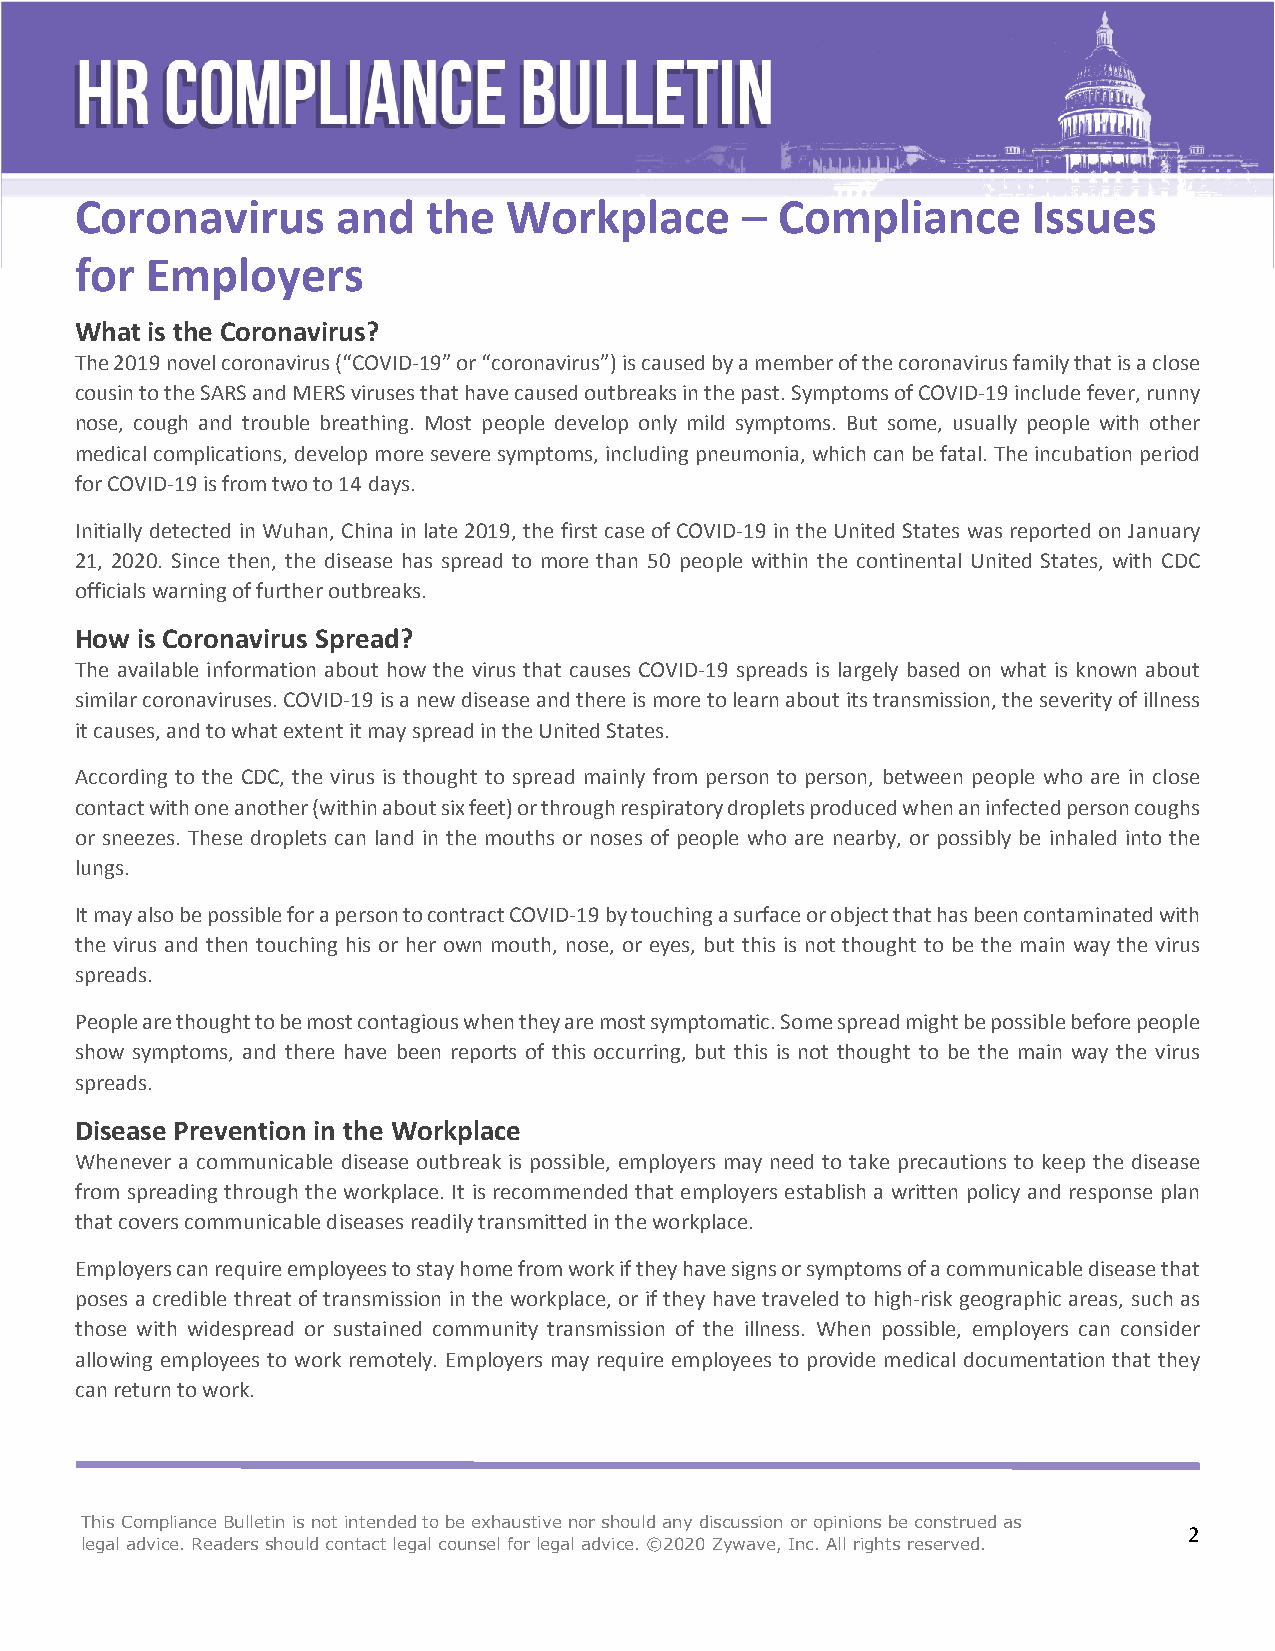
Coronavirus      and   the   Workplace      –  Compliance      Issues
 for  Employers
 What is the Coronavirus?
 The 2019 novel coronavirus (“COVID-19” or “coronavirus”) is caused by a member of the coronavirus family that is a close
 cousin to the SARS and MERS viruses that have caused outbreaks in the past. Symptoms of COVID-19 include fever, runny
 nose, cough and trouble breathing. Most people develop only mild symptoms. But some, usually people with other
 medical complications, develop more severe symptoms, including pneumonia, which can be fatal. The incubation period
 for COVID-19 is from two to 14 days.
 Initially detected in Wuhan, China in late 2019, the first case of COVID-19 in the United States was reported on January
 21, 2020. Since then, the disease has spread to more than 50 people within the continental United States, with CDC
 officials warning of further outbreaks.
 How is Coronavirus Spread?
 The available information about how the virus that causes COVID-19 spreads is largely based on what is known about
 similar coronaviruses. COVID-19 is a new disease and there is more to learn about its transmission, the severity of illness
 it causes, and to what extent it may spread in the United States.
 According to the CDC, the virus is thought to spread mainly from person to person, between people who are in close
 contact with one another (within about six feet) or through respiratory droplets produced when an infected person coughs
 or sneezes. These droplets can land in the mouths or noses of people who are nearby, or possibly be inhaled into the
 lungs.
 It may also be possible for a person to contract COVID-19 by touching a surface or object that has been contaminated with
 the virus and then touching his or her own mouth, nose, or eyes, but this is not thought to be the main way the virus
 spreads.
 People are thought to be most contagious when they are most symptomatic. Some spread might be possible before people
 show symptoms, and there have been reports of this occurring, but this is not thought to be the main way the virus
 spreads.
 Disease Prevention in the Workplace
 Whenever a communicable disease outbreak is possible, employers may need to take precautions to keep the disease
 from spreading through the workplace. It is recommended that employers establish a written policy and response plan
 that covers communicable diseases readily transmitted in the workplace.
 Employers can require employees to stay home from work if they have signs or symptoms of a communicable disease that
 poses a credible threat of transmission in the workplace, or if they have traveled to high-risk geographic areas, such as
 those with widespread or sustained community transmission of the illness. When possible, employers can consider
 allowing employees to work remotely. Employers may require employees to provide medical documentation that they
 can return to work.
 This Compliance Bulletin is not intended to be exhaustive nor should any discussion or opinions be construed as
 2
 legal advice. Readers should contact legal counsel for legal advice. ©2020 Zywave, Inc. All rights reserved.